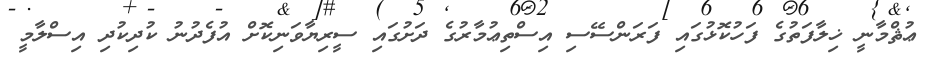
ޢުޘްމާނީ ޚިލާފަތުގެ ފަހުކޮޅުގައި ފަރަންސޭސި އިސްތިޢުމާރުގެ ދަށުގައި ސީރިޔާވަނިކޮށް އުފެދުނު ކުދިކުދި އިސްލާމީ